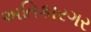
અતિકારગર